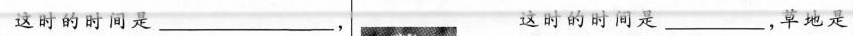
这时的时间是___ 这时的时间是___，草地是